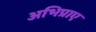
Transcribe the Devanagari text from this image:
अभिप्राए